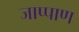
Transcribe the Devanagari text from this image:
जाप्पाण